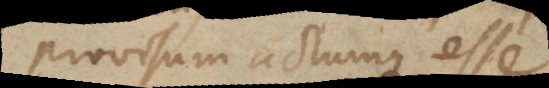
provisum actumque esse